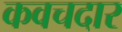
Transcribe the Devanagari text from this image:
कवचदार